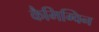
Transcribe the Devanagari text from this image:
कैमिग्विन